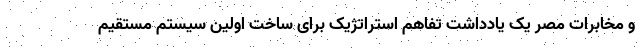
و مخابرات مصر یک یادداشت تفاهم استراتژیک برای ساخت اولین سیستم مستقیم